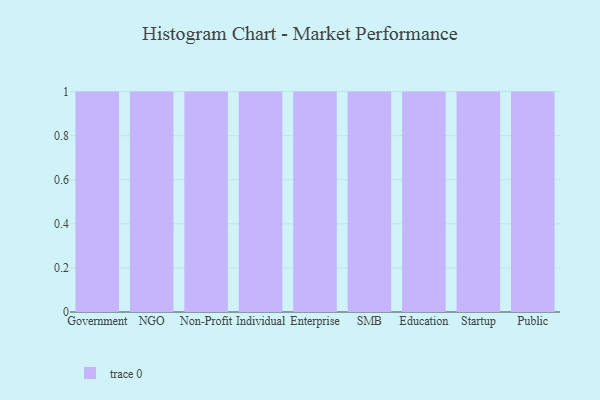
{"axis": {"x": "Segment", "y": "Population (Million)"}, "legend": [""], "data": [{"x": "Government", "y": 69, "type": ""}, {"x": "NGO", "y": 93, "type": ""}, {"x": "Non-Profit", "y": 39, "type": ""}, {"x": "Individual", "y": 66, "type": ""}, {"x": "Enterprise", "y": 54, "type": ""}, {"x": "SMB", "y": 41, "type": ""}, {"x": "Education", "y": 65, "type": ""}, {"x": "Startup", "y": 85, "type": ""}, {"x": "Public", "y": 14, "type": ""}]}